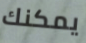
يمكنك